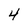
Character: 4